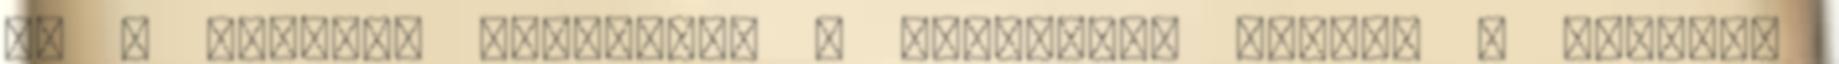
az a kortárs művészet? A kulisszák mögött - Fotózás